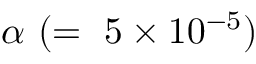
\alpha ~ ( = ~ 5 \times 1 0 ^ { - 5 } )